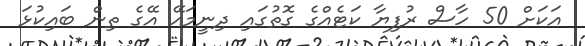
އަކަށް 50 ހާސް ރުފިޔާ ކަޓެއްގެ ގޮތުގައި ދިނީމައޭ އޭގެ ތިން ބައިކުޅަ